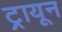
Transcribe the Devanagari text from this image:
ट्रायून